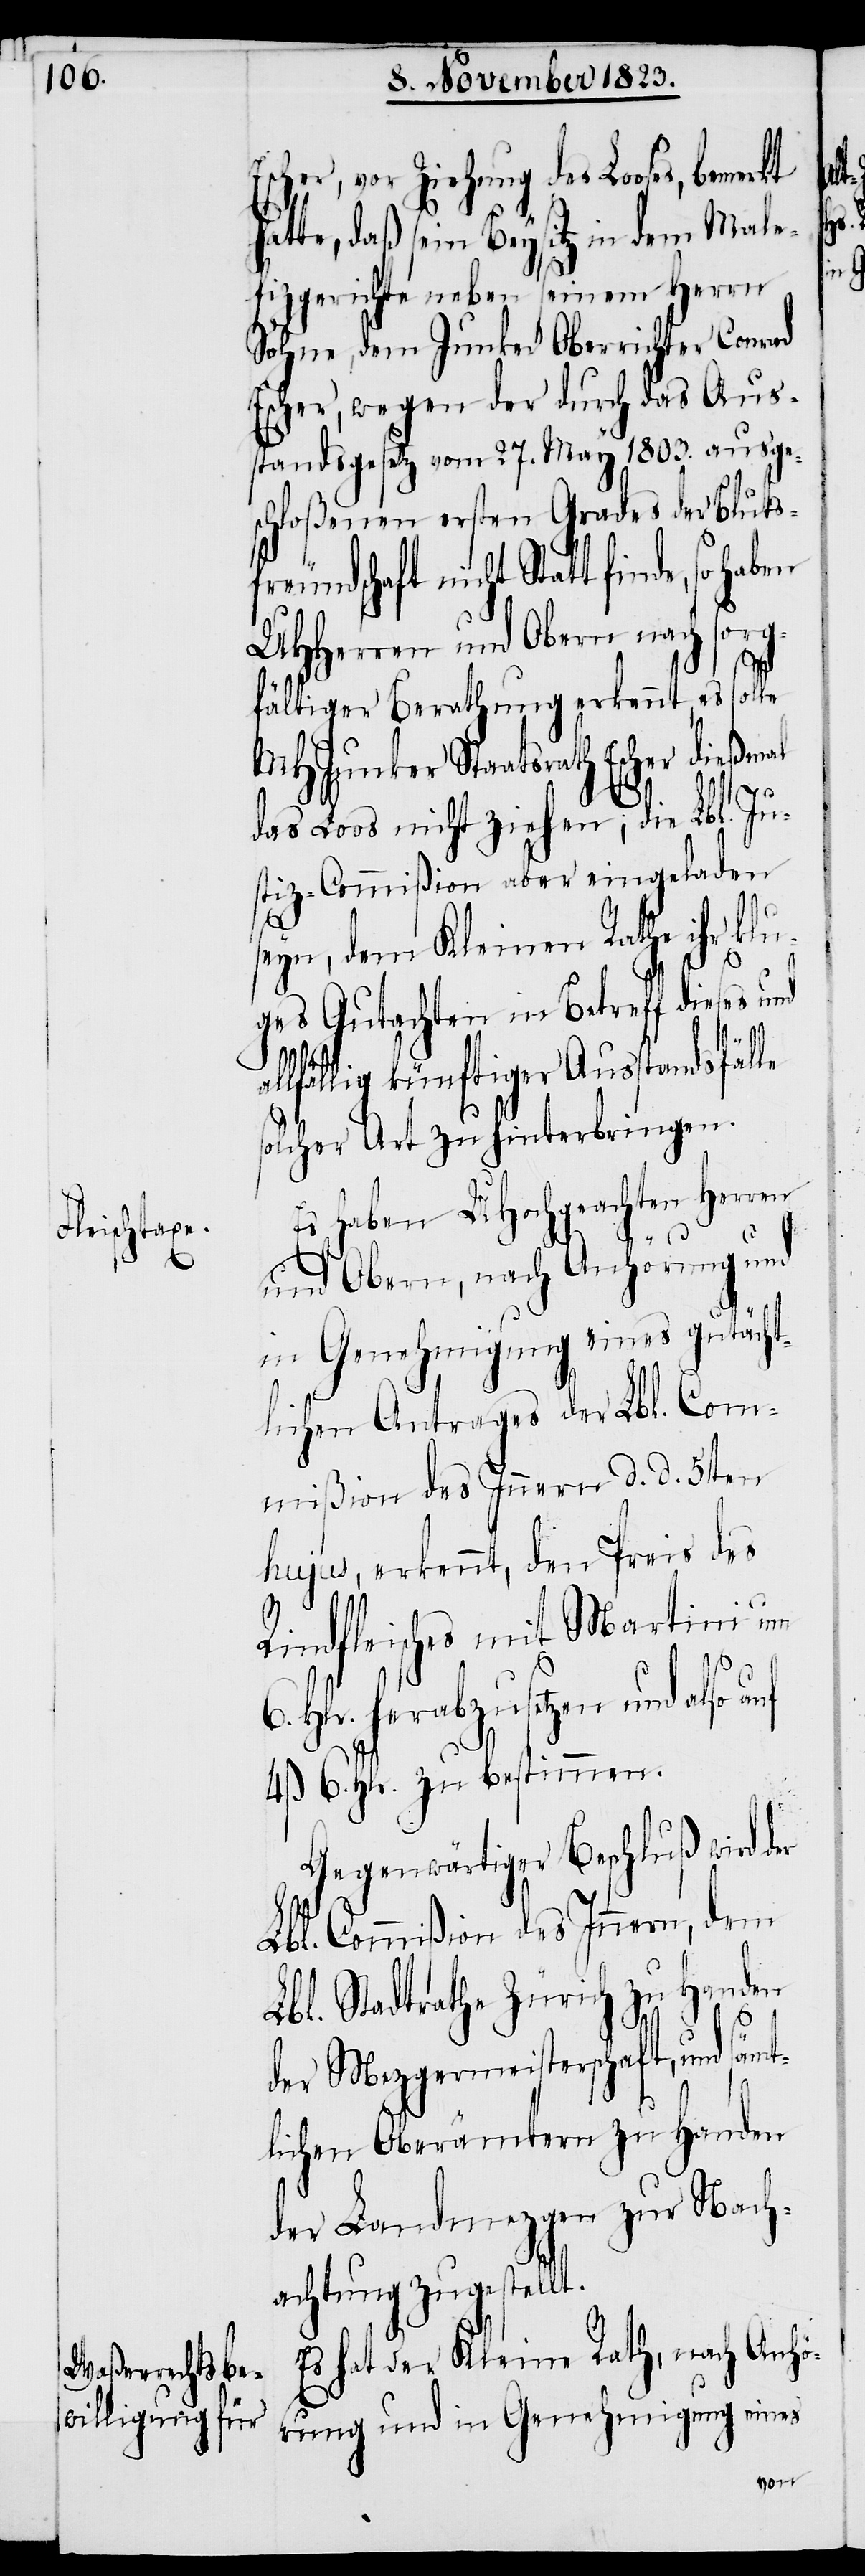
Escher, vor Ziehung des Looses,
hatte, daß sein Beysitz in dem Male¬
fizgerichte neben seinem Herrn
Sohne, dem Junker Oberrichter Conrad
Escher, wegen der durch das Aus¬
standsgesetz vom 27. May 1803. ausge¬
schloßenen ersten Grades der Blutsf¬
reundschaft nicht Statt finde,
UHHerren und Obern nach sorg¬
fältiger Berathung erkennt, es solle
MHJunker Staatsrath Escher dießmal
das Loos nicht ziehen; die Lbl. Ju¬
stiz-Commißion aber eingeladen
seyn, dem Kleinen Rathe ihr klu¬
ges Gutachten in Betreff dieses und
al¬
lfällig künftiger Ausstandsfälle
solcher Art zu hinterbringen.
Es haben UHochgeachten Herren
und Obern, nach Anhörung und
in Genehmigung eines gutächt¬
lichen Antrages der Lbl. Com¬
mißion des Innern d. d. 5ten
hujus, erkennt, den Preis des
Rindfleisches mit Martini um
6. Hlr. herabzusetzen und also auf
4 ß 6. Hlr. zu bestimmen.
Gegenwärtiger Beschluß wird der
Lbl. Commißion des Innern, dem
Lbl. Stadtrathe Zürich zu Handen
der Mezgmeisterschaft, und sä¬
lichen Oberämtern zu Handen
der Landmezgen zur Nach¬
achtung zugestellt.
Es hat der Kleine Rath, nach Anhö¬
rung und in Genehmigung eines

mt¬